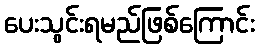
ပေးသွင်းရမည်ဖြစ်ကြောင်း